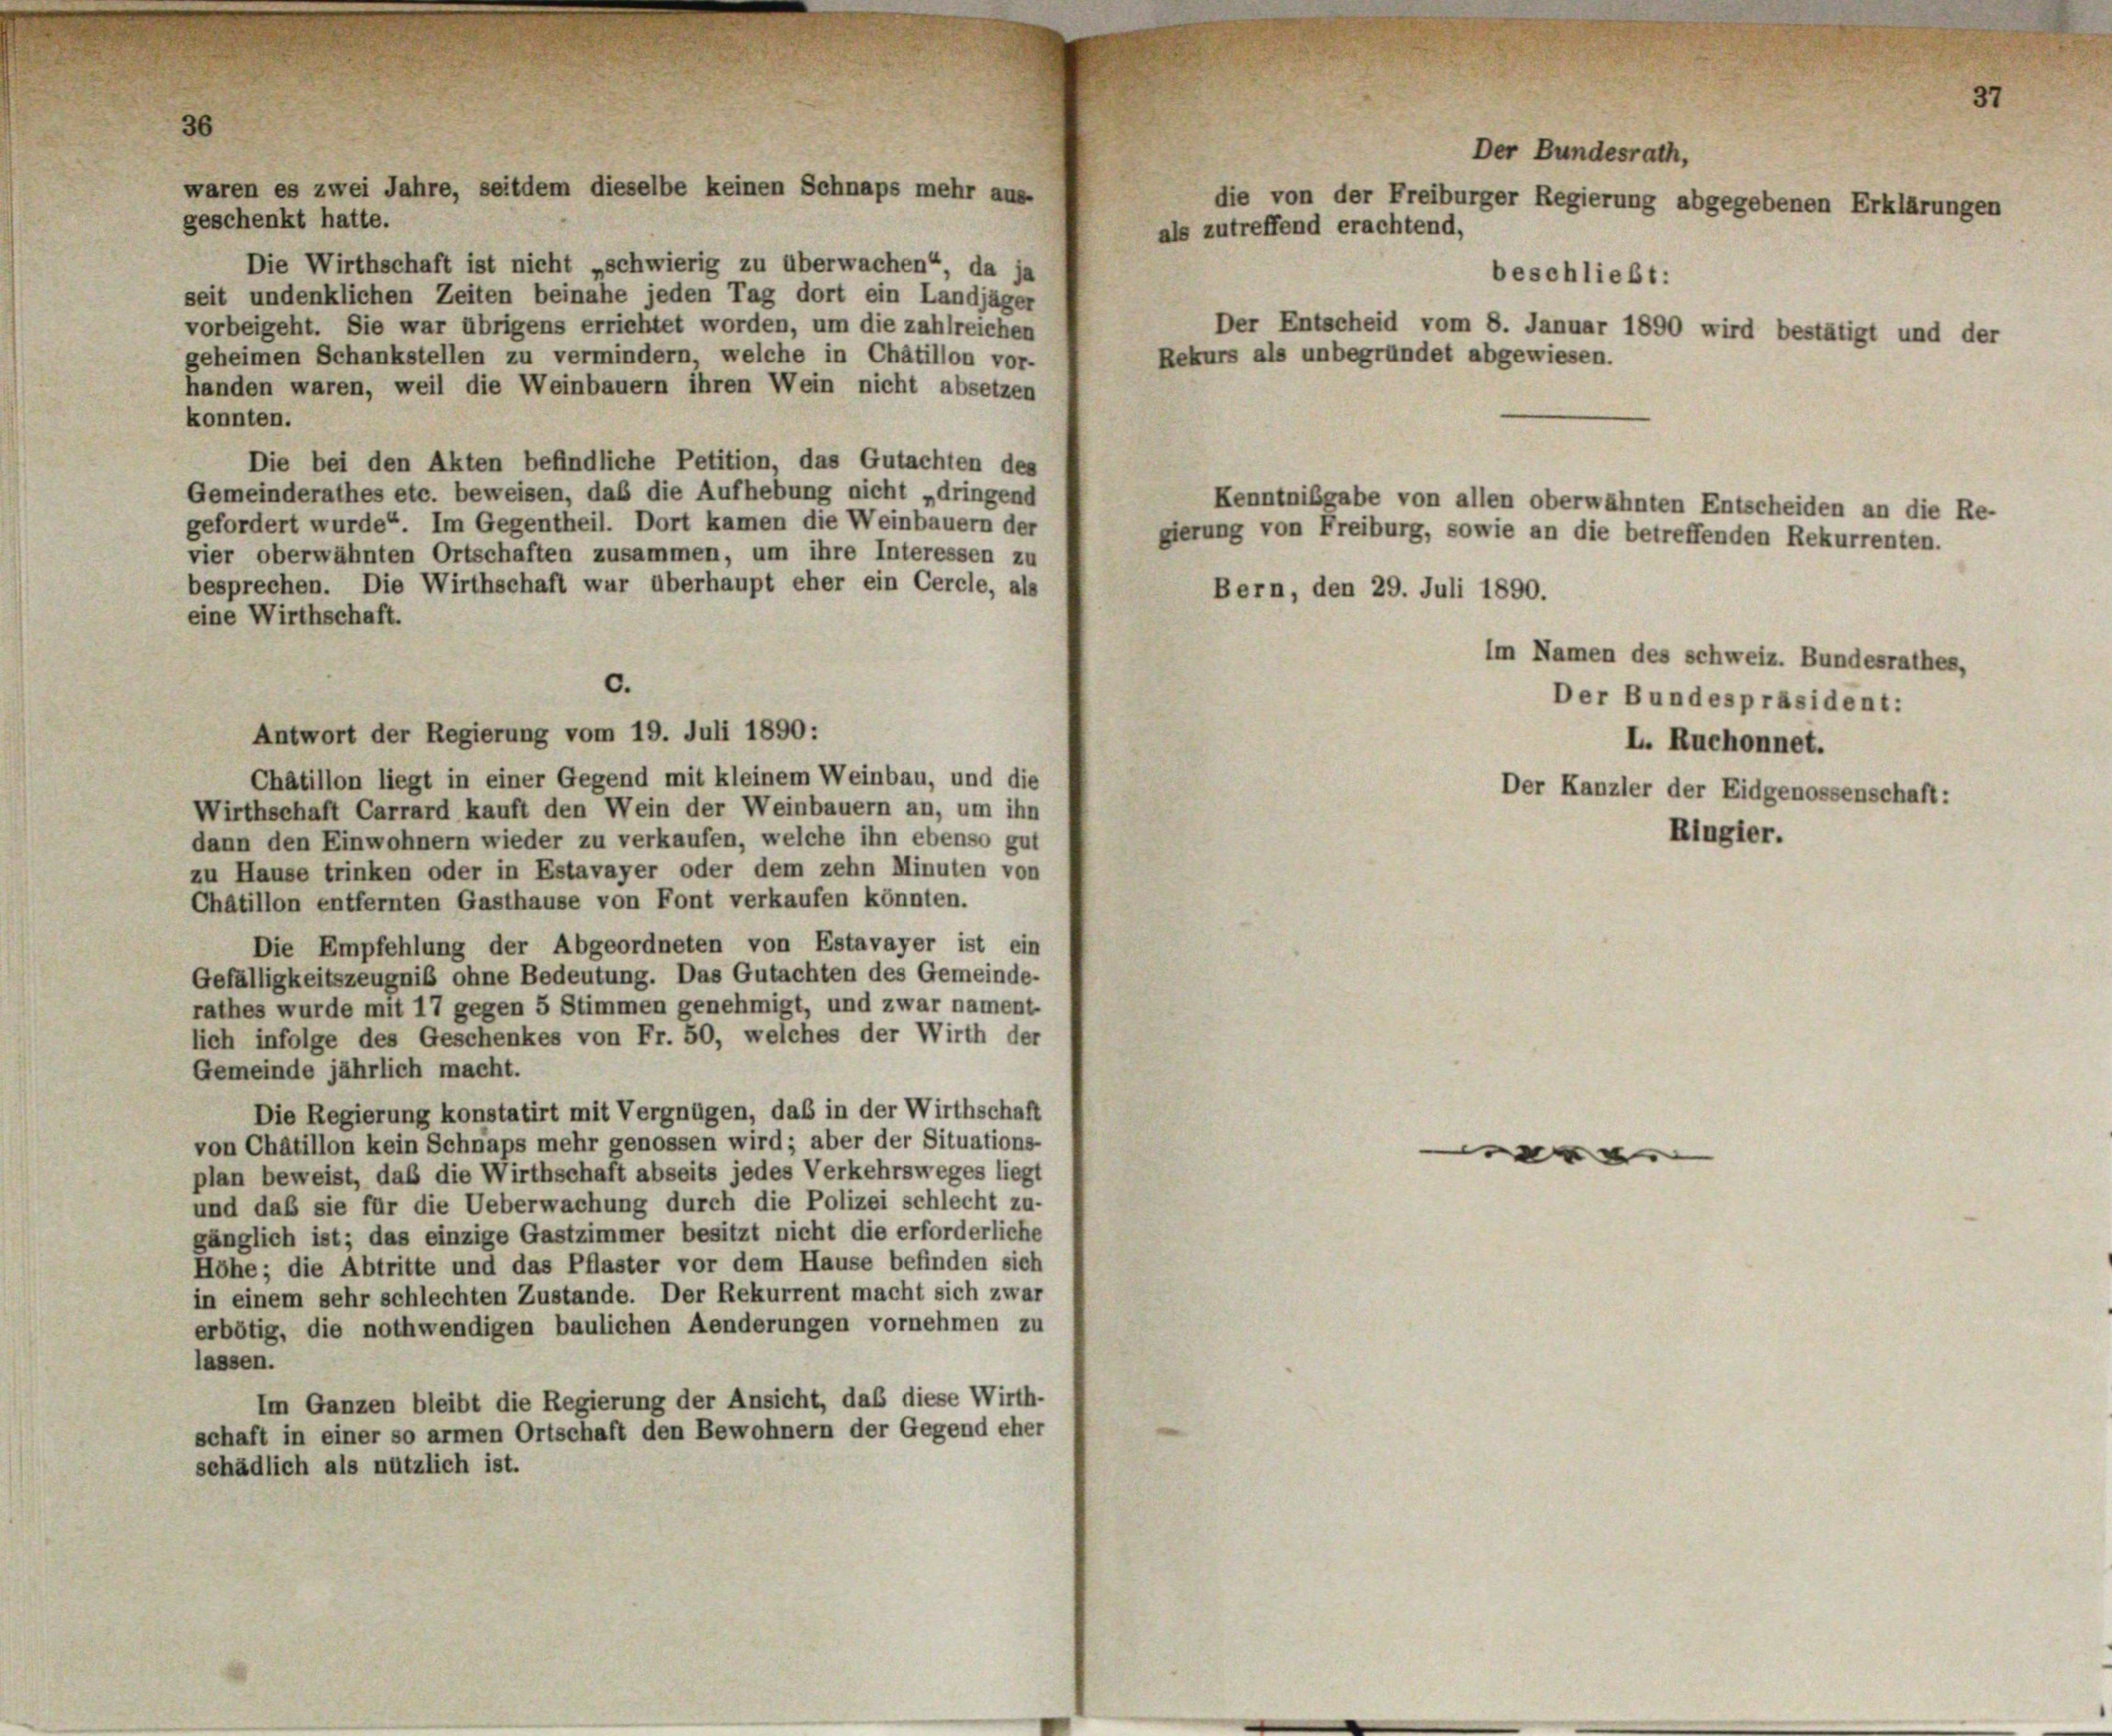
waren es zwei Jahre, seitdem dieselbe keinen Schnaps mehr au
geschenkt hatte.

Die Wirthschaft ist nicht „schwierig zu überwachen“, da ja
seit undenklichen Zeiten beinahe jeden Tag dort ein Landjäger
vorbeigeht. Sie war übrigens errichtet worden, um die zahlreichen
geheimen Schankstellen zu vermindern, welche in Châtillon vor-
handen waren, weil die Weinbauern ihren Wein nicht absetzen
konnten.
Die bei den Akten befindliche Petition, das Gutachten des
Gemeinderathes etc. beweisen, daß die Aufhebung nicht „dringend
gefordert wurde. Im Gegentheil. Dort kamen die Weinbauern der
vier oberwähnten Ortschaften zusammen, um ihre Interessen zu
besprechen. Die Wirthschaft wur überhaupt eher ein Cercle, als
eine Wirthschaft.
Antwort der Regierung vom 19. Juli 1890:
Châtillon liegt in einer Gegend mit kleinem Weinbau, und die
Wirthschaft Carrard kauft den Wein der Weinbauern an, um ihn
dann den Einwohnern wieder zu verkaufen, welche ihn ebenso gut
zu Hause trinken oder in Estavayer oder dem zehn Minuten von
Chatillon entfernten Gasthause von Font verkaufen könnten.
Die Empfehlung der Abgeordneten von Estavayer ist ein
Gefälligkeitszeugniß ohne Bedeutung. Das Gutachten des Gemeinde-
rathes wurde mit 17 gegen 5 Stimmen genehmigt, und zwar nament-
lich infolge des Geschenkes von Fr. 50, welches der Wirth der
Gemeinde jährlich macht.
Die Regierung konstatirt mit Vergnügen, das in der Wirthschaft
von Chatillon kein Schnaps mehr genossen wird; aber der Situations-
plan beweist, daß die Wirthschaft abseits jedes Verkehrsweges liegt
und daß sie für die Ueberwachung durch die Polizei schlecht zu-
gänglich ist; das einzige Gastzimmer besitzt nicht die erforderliche
Höhe; die Abtritte und das Pflaster vor dem Hause befinden sich
in einem sehr schlechten Zustande. Der Rekurrent macht sich zwar
erbötig, die nothwendigen baulichen Aenderungen vornehmen zu
lassen.
Im Ganzen bleibt die Regierung der Ansicht, daß diese Wirth-
schaft in einer so armen Ortschaft den Bewohnern der Gegend eher
schädlich als nützlich ist.

c.

Rekurs als

Der Bundesrath,
die von der Freiburger Regierung abgegebenen Erklärungen
als zutreffend erachtend,
be
schließ
:
Der Entscheid vom 8. Januar 1890 wird bestätigt und der
unbes
ründet abgewiesen

gierung von Freiburg, sowie an die betreffenden Rekurrenten.
Bern, den 29. Juli 1890.

Kenntnißgabe von allen oberwähnten Entscheiden an die Re-

Im Namen des schweiz. Bundesrathes,
Der Bundespräsident:
L. Ruchonnet.
Der Kanzler der Eidgenossenschaft:

f

Ringler.